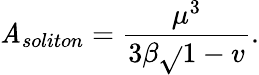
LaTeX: \mathit{A}_{soliton}=\frac{{\mu^{3}}}{{3\beta\sqrt{}{{1-v}}}}.